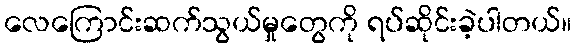
လေကြောင်းဆက်သွယ်မှုတွေကို ရပ်ဆိုင်းခဲ့ပါတယ်။